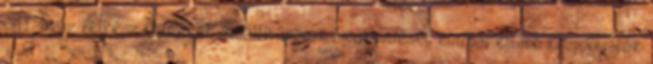
SMT, azaz félkész termékek előállításának megkezdését európai ellátó központjának